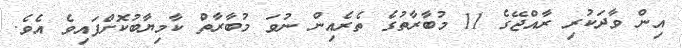
އިން ވާދަކުރި ރާއްޖޭގެ 11 މުބާރާތުގެ ތެރެއިން ނުވަ މުބާރާތް ކާމިޔާބުކޮށްފައިވެ އެވެ.